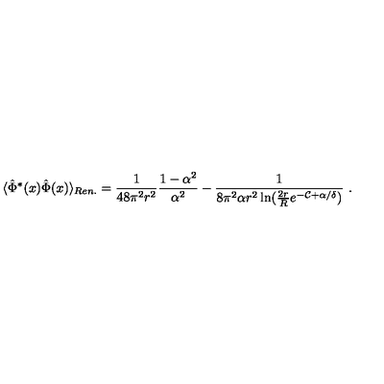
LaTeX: \langle \hat { \Phi } ^ { * } ( x ) \hat { \Phi } ( x ) \rangle _ { R e n . } = \frac 1 { 4 8 \pi ^ { 2 } r ^ { 2 } } \frac { 1 - \alpha ^ { 2 } } { \alpha ^ { 2 } } - \frac 1 { 8 \pi ^ { 2 } \alpha r ^ { 2 } \ln ( \frac { 2 r } R e ^ { - { \mathcal { C } } + \alpha / \delta } ) } \ .